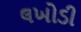
લખોડી